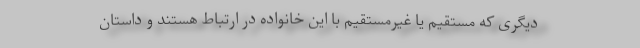
دیگری که مستقیم یا غیرمستقیم با این خانواده در ارتباط هستند و داستان